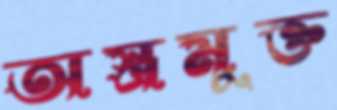
অস্ত্রমুক্ত